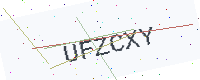
Text: UFZCXY